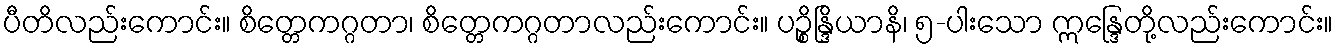
ပီတိလည်းကောင်း။ စိတ္တေကဂ္ဂတာ၊ စိတ္တေကဂ္ဂတာလည်းကောင်း။ ပဉ္စိန္ဒြိယာနိ၊ ၅-ပါးသော ဣန္ဒြေတို့လည်းကောင်း။